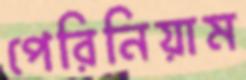
পেরিনিয়াম